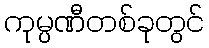
ကုမ္ပဏီတစ်ခုတွင်